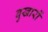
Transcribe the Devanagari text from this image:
बुखारों